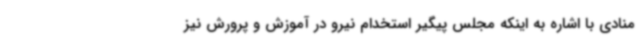
منادی با اشاره به اینکه مجلس پیگیر استخدام نیرو در آموزش و پرورش نیز